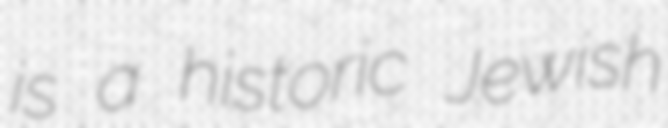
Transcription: is a historic Jewish